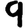
Digit: 9